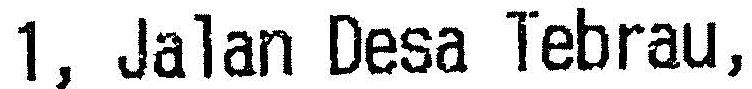
1, JALAN DESA TEBRAU,